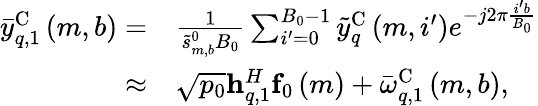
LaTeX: \begin{array}{rl}{{{\bar{y}}}_{q,1}^{\mathrm{{C}}}\left({m,b}\right)=}&{\frac{1}{{\tilde{s}_{m,b}^{0}{B_{0}}}}\sum_{i^{\prime}=0}^{{B_{0}}-1}{{{\widetilde y}}_{q}^{\mathrm{C}}\left({m,i^{\prime}}\right){e^{-j2\pi\frac{{i^{\prime}b}}{{{B_{0}}}}}}}}\\ {\approx}&{\sqrt{p_{0}}{\mathbf{h}}_{q,1}^{H}{{\mathbf{f}}_{0}}\left(m\right)+{{\bar{\omega}}}_{q,1}^{\mathrm{{C}}}\left({m,b}\right),}\end{array}